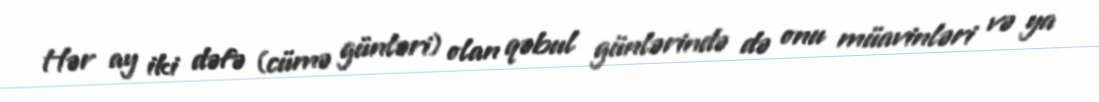
Hər ay iki dəfə (cümə günləri) olan qəbul günlərində də onu müavinləri və ya